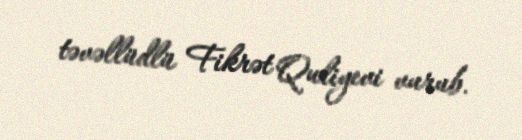
təvəllüdlü Fikrət Quliyevi vurub.